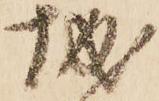
城